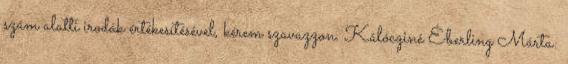
szám alatti irodák értékesítésével, kérem szavazzon. Kálócziné Éberling Márta: